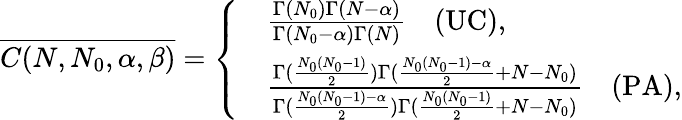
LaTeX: \overline{{C(N,N_{0},\alpha,\beta)}}=\left\{ \begin{array}{rl}&{\frac{\Gamma(N_{0})\Gamma(N-\alpha)}{\Gamma(N_{0}-\alpha)\Gamma(N)}\quad\mathrm{(UC)},}\\ &{\frac{\Gamma(\frac{N_{0}(N_{0}-1)}{2})\Gamma(\frac{N_{0}(N_{0}-1)-\alpha}{2}+N-N_{0})}{\Gamma(\frac{N_{0}(N_{0}-1)-\alpha}{2})\Gamma(\frac{N_{0}(N_{0}-1)}{2}+N-N_{0})}\quad\mathrm{(PA)},}\end{array}\right.